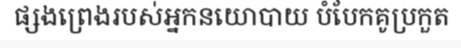
ផ្សងព្រេងរបស់អ្នកនយោបាយ បំបែកគូប្រកួត